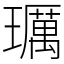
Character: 𤪲